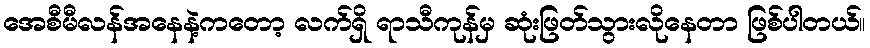
အေစီမီလန်အနေနဲ့ကတော့ လက်ရှိ ရာသီကုန်မှ ဆုံးဖြတ်သွားလိုနေတာ ဖြစ်ပါတယ်။